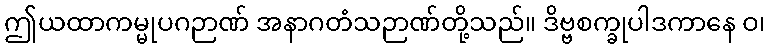
ဤယထာကမ္မုပဂဉာဏ် အနာဂတံသဉာဏ်တို့သည်။ ဒိဗ္ဗစက္ခုပါဒကာနေ ဝ၊